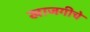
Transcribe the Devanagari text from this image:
खाजगीचे